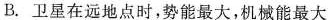
B.卫星在远地点时，势能最大，机械能最大